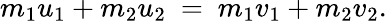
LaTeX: \, \! m_{1}u_{1}+m_{2}u_{2}\ =\ m_{1}v_{1}+m_{2}v_{2}.